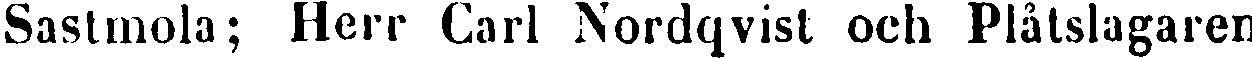
Sastmola; Herr Carl Nordqvist och Plåtslagaren